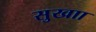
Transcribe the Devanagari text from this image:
सुखाा